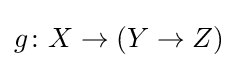
g\colon X\to (Y\to Z)